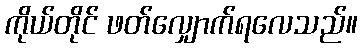
ကိုယ်တိုင် ဖတ်လျှောက်ရလေသည်။